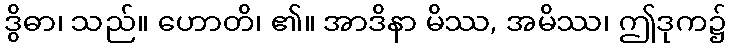
ဒွိဓာ၊ သည်။ ဟောတိ၊ ၏။ အာဒိနာ မိဿ, အမိဿ၊ ဤဒုက၌